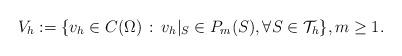
LaTeX: \begin{align*} V_h:=\{v_h\in C(\Omega)\,:\, v_h|_S\in P_m(S), \forall S\in \mathcal{T}_h\},m\ge1.\end{align*}